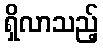
ရှိလာသည့်